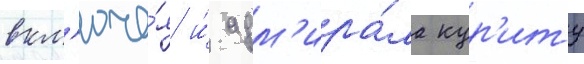
вкл'юча́я и́ адм'ира́ла кур'иту